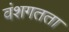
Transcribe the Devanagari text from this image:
वंशगतता